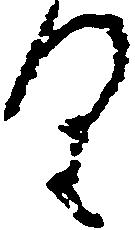
り